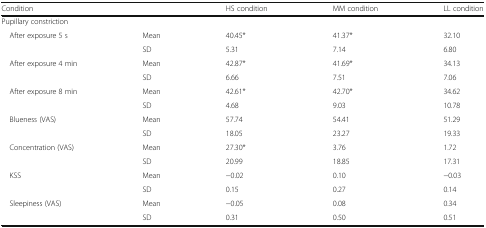
| <COLSPAN=2> Condition | HS condition | MM condition | LL condition |
 | --- | --- | --- | --- | --- |
 | <COLSPAN=5> Pupillary constriction |
 | <ROWSPAN=2> After exposure 5 s | Mean | 40.45* | 41.37* | 32.10 |
 | SD | 5.31 | 7.14 | 6.80 |
 | <ROWSPAN=2> After exposure 4 min | Mean | 42.87* | 41.69* | 34.13 |
 | SD | 6.66 | 7.51 | 7.06 |
 | <ROWSPAN=2> After exposure 8 min | Mean | 42.61* | 42.70* | 34.62 |
 | SD | 4.68 | 9.03 | 10.78 |
 | <ROWSPAN=2> Blueness (VAS) | Mean | 57.74 | 54.41 | 51.29 |
 | SD | 18.05 | 23.27 | 19.33 |
 | <ROWSPAN=2> Concentration (VAS) | Mean | 27.30* | 3.76 | 1.72 |
 | SD | 20.99 | 18.85 | 17.31 |
 | <ROWSPAN=2> KSS | Mean | −0.02 | 0.10 | −0.03 |
 | SD | 0.15 | 0.27 | 0.14 |
 | <ROWSPAN=2> Sleepiness (VAS) | Mean | −0.05 | 0.08 | 0.34 |
 | SD | 0.31 | 0.50 | 0.51 |